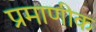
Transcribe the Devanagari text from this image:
प्रमाणीक